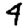
Digit: 4